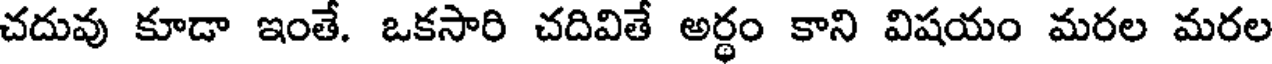
చదువు కూడా ఇంతే. ఒకసారి చదివితే అర్థం కాని విషయం మరల మరల